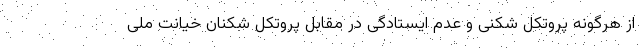
از هرگونه پروتکل شکنی و عدم ایستادگی در مقابل پروتکل شکنان خیانت ملی